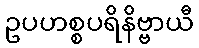
ဥပဟစ္စပရိနိဗ္ဗာယီ